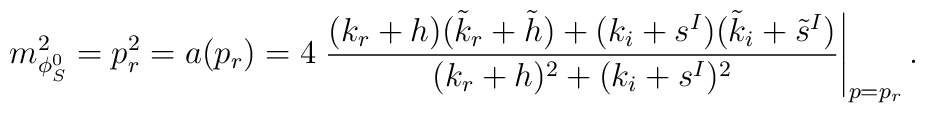
m^2_{\phi_S^0}=p^2_r=a(p_r)=4\left.\frac{(k_r+h)(\tilde{k}_r+\tilde{h})+               (k_i+s^I)(\tilde{k}_i+\tilde{s}^I)}             {(k_r+h)^2+(k_i+s^I)^2}\right|_{p=p_r}.